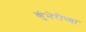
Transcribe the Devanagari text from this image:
कुंभेरीच्या